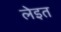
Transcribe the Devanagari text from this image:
लेइत